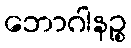
ဘောဂါနဉ္စ